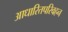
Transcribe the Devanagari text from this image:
आधारितपरिवहन